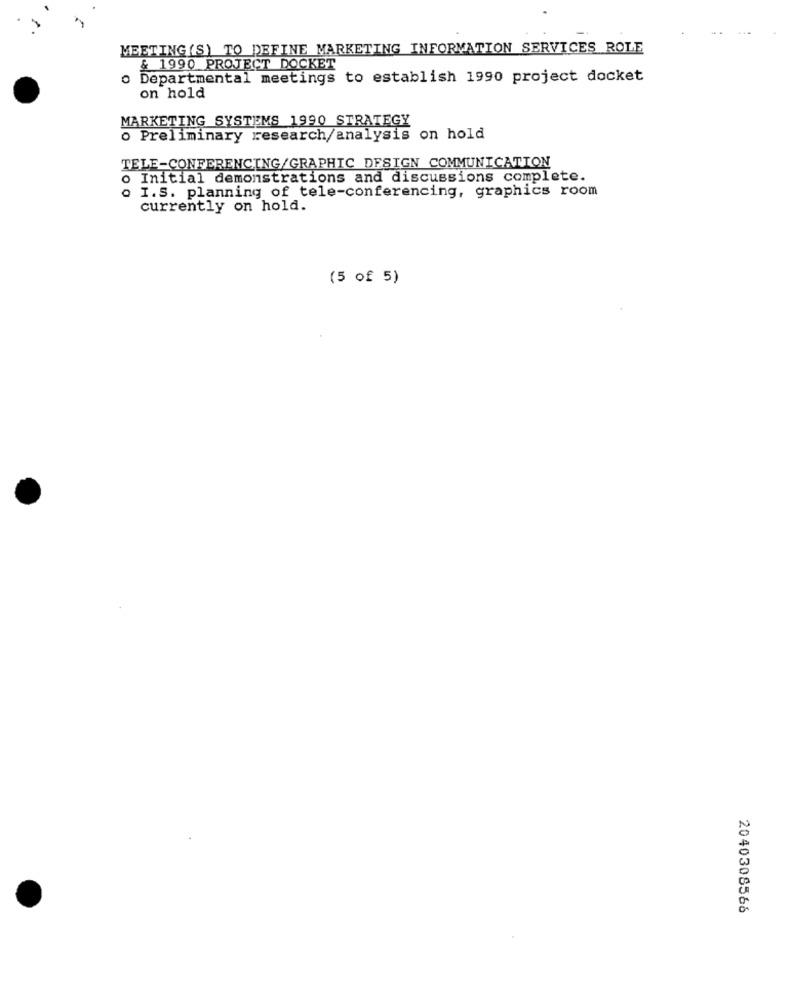
MEETING (S) TO DEFINE MARKETING INFORMATION SERVICES ROLE
& 1990 PROJECT DOCKET
Departmental meetings to establish 1990 project docket
on hold
MARKETING SYSTEMS 1990 STRATEGY
o Preliminary research/analysis on hold
TELE-CONFERENCING/GRAPHIC DESIGN COMMUNICATION
o Initial demonstrations and discussions complete.
I.S. planning of tele-conferencing, graphics room
currently on hold.
(5 of 5)
2040308566